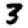
Digit: 3